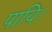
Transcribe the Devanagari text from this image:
पायि।